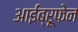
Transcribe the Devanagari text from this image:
आईब्रूफेन